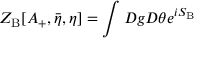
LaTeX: Z _ { \mathrm { B } } [ A _ { + } , { \bar { \eta } } , \eta ] = \int D g D \theta e ^ { i S _ { \mathrm { B } } }